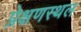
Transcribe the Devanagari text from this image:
प्रेक्षणस्थल